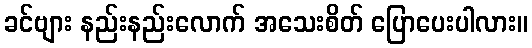
ခင်ဗျား နည်းနည်းလောက် အသေးစိတ် ပြောပေးပါလား။